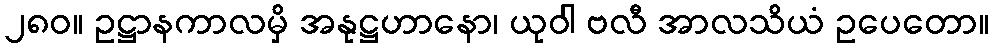
၂၈၀။ ဥဋ္ဌာနကာလမှိ အနုဋ္ဌဟာနော၊ ယုဝါ ဗလီ အာလသိယံ ဥပေတော။